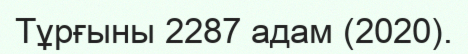
Тұрғыны 2287 адам (2020).